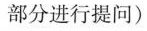
部分进行提问)